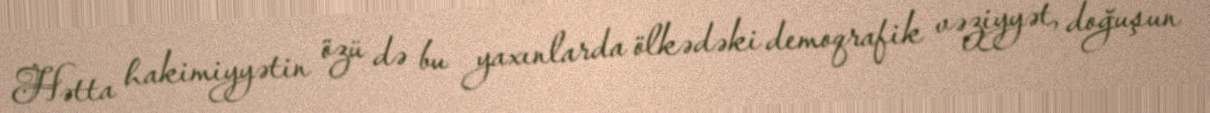
Hətta hakimiyyətin özü də bu yaxınlarda ölkədəki demoqrafik vəziyyət, doğuşun